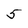
Character: 5